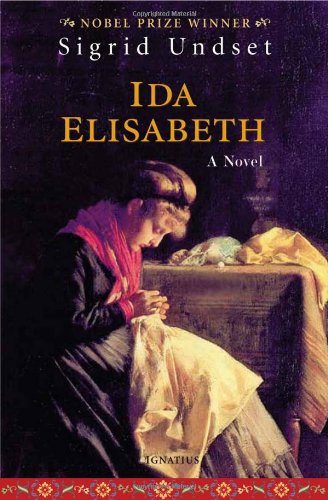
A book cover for Ida Elisabeth: A Novel; Sigrid Undset; Literature & Fiction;